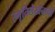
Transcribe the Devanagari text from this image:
स्मृतिलेखनाची